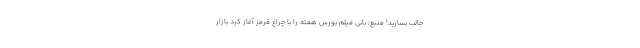
جالب بسازید! منبع: بانی فیلم بورس هفته را با چراغ قرمز آغاز کرد بازار